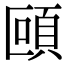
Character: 𩑼